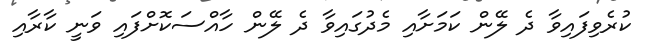
ކުރެވިފައިވާ ދެ ލޭން ކަމަށާއި މެދުގައިވާ ދެ ލޭން ހާއްސަކޮށްފައި ވަނީ ކާރާއި